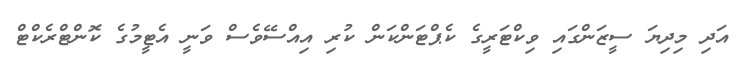
އަދި މިދިޔަ ސީޒަންގައި ވިކްޓަރީގެ ކެޕްޓަންކަން ކުރި އިއްސޭވެސް ވަނީ އެޓީމުގެ ކޮންޓްރެކްޓް